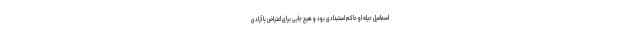
اسماعیل جیله او حاکم استبدادی بود و هیچ جایی برای اعتراض یا آزادی